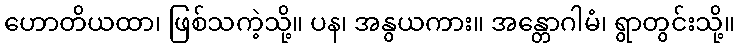
ဟောတိယထာ၊ ဖြစ်သကဲ့သို့။ ပန၊ အနွယကား။ အန္တောဂါမံ၊ ရွာတွင်းသို့။